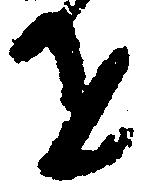
を